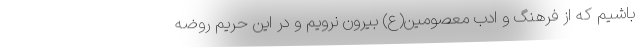
باشیم که از فرهنگ و ادب معصومین(ع) بیرون نرویم و در این حریم روضه